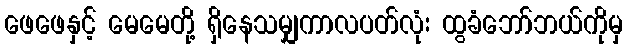
ဖေဖေနှင့် မေမေတို့ ရှိနေသမျှကာလပတ်လုံး ထွခံဘော်ဘယ်ကိုမှ